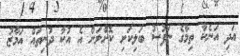
އަދި އަނެކާ ތިމާގެ ނަފުސު ބަލިކަށި ކޮށްލަން އެ އުކާ ދުނިތައް އަމާޒު